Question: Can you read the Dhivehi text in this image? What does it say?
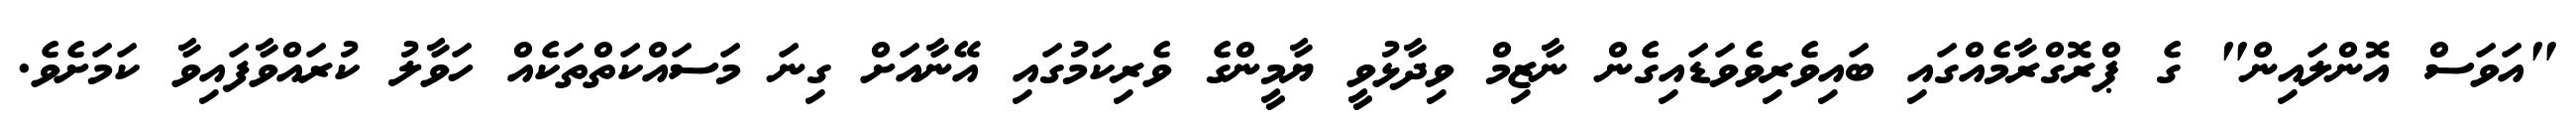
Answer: "އަވަސް އޮންލައިން" ގެ ޕްރޮގްރާމެއްގައި ބައިވެރިވެވަޑައިގެން ނާޒިމް ވިދާޅުވީ ޔާމީންގެ ވެރިކަމުގައި އޭނާއަށް ގިނަ މަސައްކަތްތަކެއް ހަވާލު ކުރައްވާފައިވާ ކަމަށެވެ.